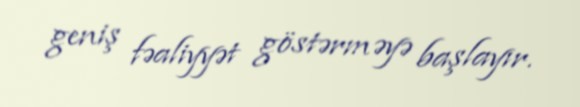
geniş fəaliyyət göstərməyə başlayır.